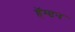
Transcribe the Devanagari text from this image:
हॅम्प्टन